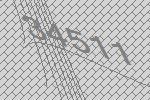
34511